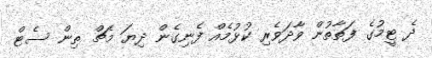
ދެ ޓީމުގެ ފަތާތުން ވާދަވެރި ކުޅުމެއް ފެނިގެން ދިޔަ މެޗް ތިން ސެޓް